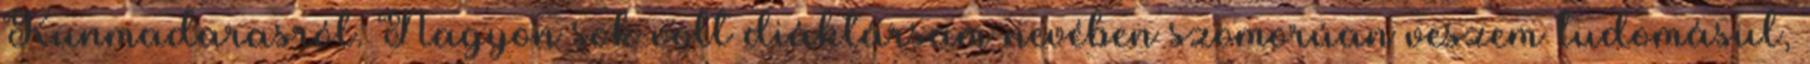
Kunmadarasról. Nagyon sok volt diáktársam nevében szomorúan veszem tudomásul,